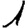
Digit: 1